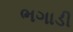
ભગાડી